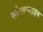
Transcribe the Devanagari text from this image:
सौभाग्यहृदय